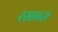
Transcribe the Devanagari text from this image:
रसानज्ञ